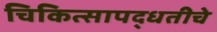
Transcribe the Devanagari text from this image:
चिकित्सापद्धतीचे